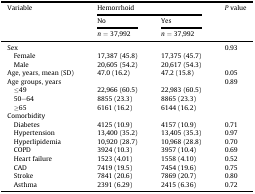
| <ROWSPAN=3> Variable | <COLSPAN=2> Hemorrhoid | <ROWSPAN=3> P value |
 | No | Yes |
 | n = 37,992 | n = 37,992 |
 | --- | --- | --- | --- |
 | Sex |  |  | 0.93 |
 | Female | 17,387 (45.8) | 17,375 (45.7) |  |
 | Male | 20,605 (54.2) | 20,617 (54.3) |  |
 | Age, years, mean (SD) | 47.0 (16.2) | 47.2 (15.8) | 0.05 |
 | Age groups, years |  |  | 0.89 |
 | ≤49 | 22,966 (60.5) | 22,983 (60.5) |  |
 | 50–64 | 8855 (23.3) | 8865 (23.3) |  |
 | ≥65 | 6161 (16.2) | 6144 (16.2) |  |
 | <COLSPAN=4> Comorbidity |
 | Diabetes | 4125 (10.9) | 4157 (10.9) | 0.71 |
 | Hypertension | 13,400 (35.2) | 13,405 (35.3) | 0.97 |
 | Hyperlipidemia | 10,920 (28.7) | 10,968 (28.8) | 0.70 |
 | COPD | 3924 (10.3) | 3957 (10.4) | 0.69 |
 | Heart failure | 1523 (4.01) | 1558 (4.10) | 0.52 |
 | CAD | 7419 (19.5) | 7454 (19.6) | 0.75 |
 | Stroke | 7841 (20.6) | 7869 (20.7) | 0.80 |
 | Asthma | 2391 (6.29) | 2415 (6.36) | 0.72 |